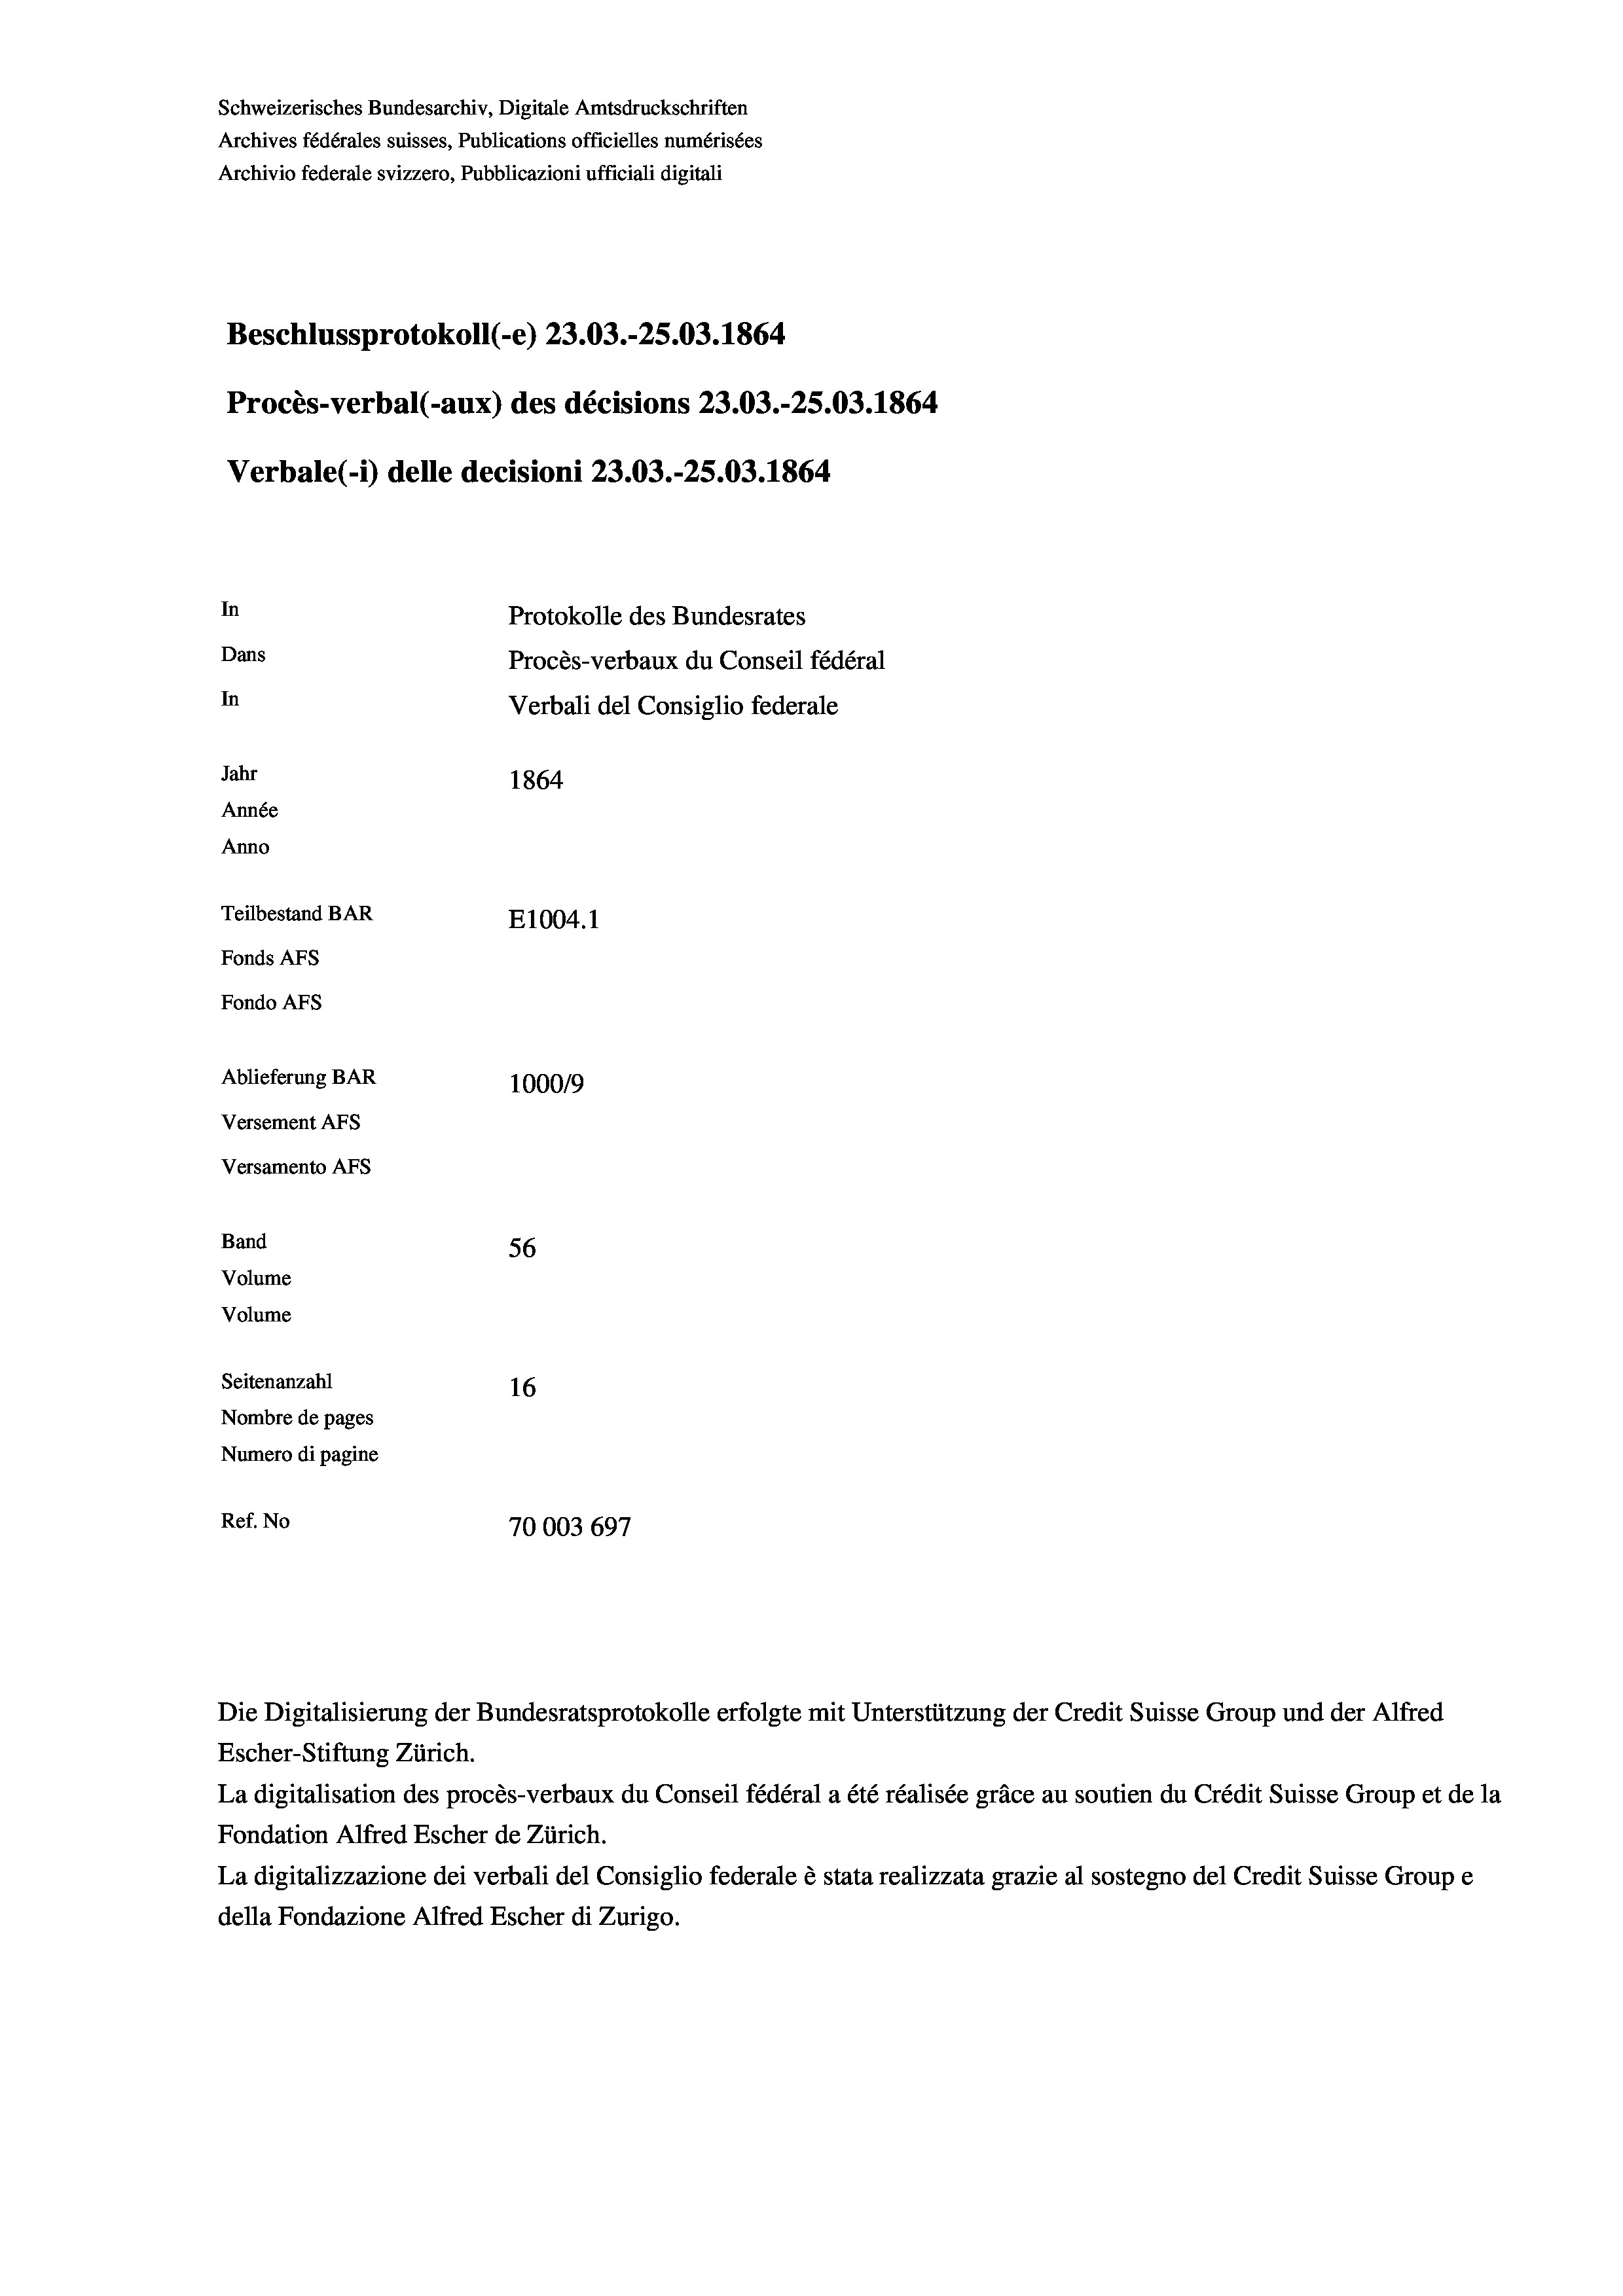
Beschlussprotokoll (-e) 23.03.-25.03. 1864
Procès-verbal (-aux) des décisions 23.03.-25.03. 1864
Verbale (i) delle decisioni 23.03.-25.03. 1864
In
Protokolle des Bundesrates
Dans
Procès-verbaux du Conseil fédéral
In
Verbali del Consiglio federale
Jahr
1864
Année
Anno
Teilbestand BAR
E1004.1
Fonds AFs
Fondo AFS

Schweizerisches Bundesarchiv, Digitale Amtsdruckschriften

Ablieferung BAR
Versement AFs
Versamento Afs
Band
Volume
Volume
Seitenanzahl
Nombre de pages
Numero di pagine

Archives fédérales suisses, Publications officielles numérisées
Archivio federale svizzero, Pubblicazioni ufficiali digitali

1000/9
56
16
Ref. No
70003 697

Escher-Stiftung Zürich.
La digitalisation des procès-verbaux du Conseil fédéral a été réalisée gräce au soutien du Crédit Suisse Group et de la
Fondation Alfred Escher de Zürich.
La digitalizzazione dei verbali del Consiglio federale è stata realizzata grazie al sostegno del Credit Suisse Groupe
della Fondazione Alfred Escher di Zurigo.

Die Digitalisierung der Bundesratsprotokolle erfolgte mit Unterstützung der Credit Suisse Group und der Alfred